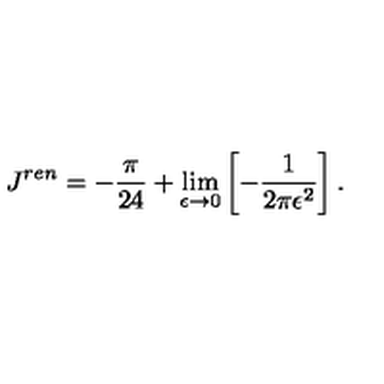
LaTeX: J ^ { r e n } = - \frac { \pi } { 2 4 } + \lim _ { \epsilon \to 0 } \left[ - \frac { 1 } { 2 \pi \epsilon ^ { 2 } } \right] { . }